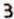
3